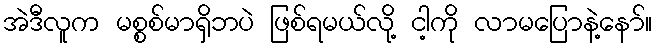
အဲဒီလူက မစ္စစ်မာရှိဘပဲ ဖြစ်ရမယ်လို့ ငါ့ကို လာမပြောနဲ့နော်။